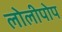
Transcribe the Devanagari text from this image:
लोलीपोप